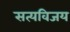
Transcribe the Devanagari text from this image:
सत्यविजय